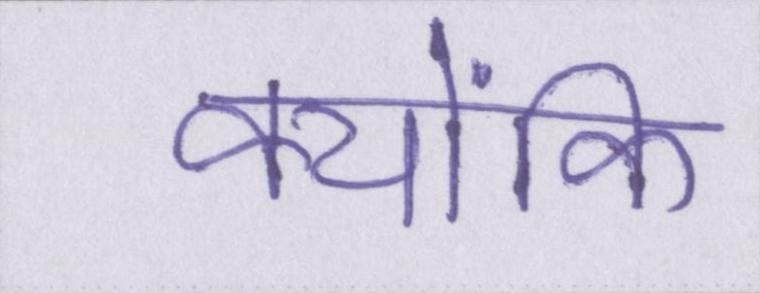
क्योंकि